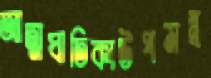
আত্মঘাতিকাউপমন্ত্র